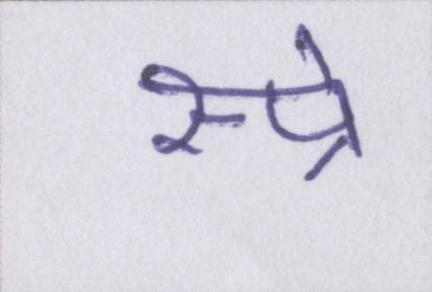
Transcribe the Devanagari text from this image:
स्प्रे